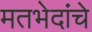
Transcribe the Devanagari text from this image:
मतभेदांचे